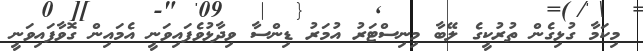
މިކަމާ ގުޅިގެން ތުރުކީގެ ލޭބާ މިނިސްޓަރު އުމަރު ޑިންސާ ވިދާޅުވެފައިވަނީ އެމައިން ގޮވާފައިވަނީ